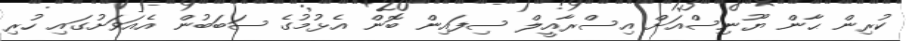
ކުރިން ޙާން ޔޫނިސްއަށް އިސްރާއީލް ސިފައިން ބޮން އެޅުމުގެ ސަބަބުން އެއަވަށުގައި ހުރި